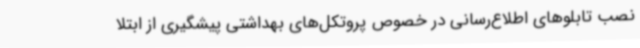
نصب تابلوهای اطلاع‌رسانی در خصوص پروتکل‌های بهداشتی پیشگیری از ابتلا